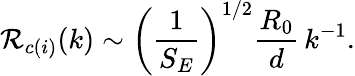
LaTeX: {\cal R}_{c(i)}(k)\sim\left({\frac{1}{S_{E}}}\right)^{1/2}{\frac{R_{0}}{d}}\, k^{-1}.